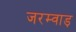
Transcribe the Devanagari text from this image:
जरम्वाड़